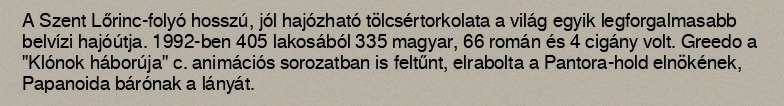
A Szent Lőrinc-folyó hosszú, jól hajózható tölcsértorkolata a világ egyik legforgalmasabb belvízi hajóútja. 1992-ben 405 lakosából 335 magyar, 66 román és 4 cigány volt. Greedo a "Klónok háborúja" c. animációs sorozatban is feltűnt, elrabolta a Pantora-hold elnökének, Papanoida bárónak a lányát.